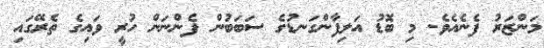
މަންޒަރު ފެނެއެވެ. މި ބޮޑު އަލިފާންގަނޑުގެ ސަބަބުން ފެންނަން ހުރީ ވައިގެ ތެރޭގައި